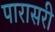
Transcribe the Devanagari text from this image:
पारासरी